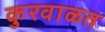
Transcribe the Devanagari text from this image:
कुरवाळत